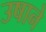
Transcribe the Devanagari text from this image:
उषाने